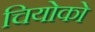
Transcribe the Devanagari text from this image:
चियोको